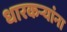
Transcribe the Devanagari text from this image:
धारकर्‍यांना